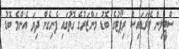
ސްޓީލިން ޕެރަޑައިސް ރިޕޯޓުގެ ބޮޑު މަންޒަރުގެ ގޮތުގައި ފެނިގެން ދިޔަ އެންމެ ބޮޑު